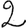
Digit: 2